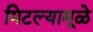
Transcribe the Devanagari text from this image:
मिटल्यामूळे